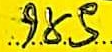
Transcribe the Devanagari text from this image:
१४.९